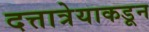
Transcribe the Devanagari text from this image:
दत्तात्रेयाकडून